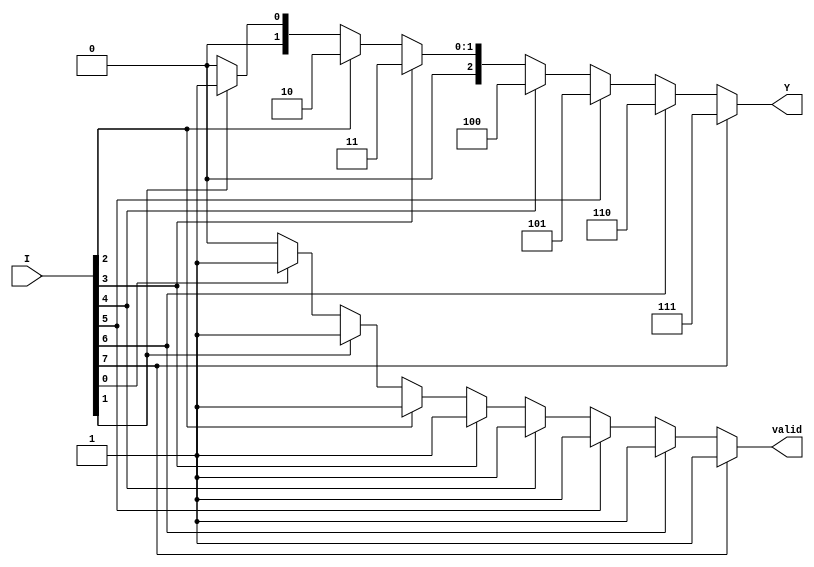
module encoder_8to3 (
    input [7:0] I,   // 8 input lines
    output reg [2:0] Y, // 3-bit output
    output reg valid // Indicates if at least one input is active
);

always @(*) begin
    valid = 1'b0; // Default to invalid state
    Y = 3'b000;   // Default output when no inputs are active

    // Check for active inputs from I7 to I0 (high priority to I7)
    if (I[7]) begin
        Y = 3'b111; // Highest input I7
        valid = 1'b1;
    end else if (I[6]) begin
        Y = 3'b110; // Input I6
        valid = 1'b1;
    end else if (I[5]) begin
        Y = 3'b101; // Input I5
        valid = 1'b1;
    end else if (I[4]) begin
        Y = 3'b100; // Input I4
        valid = 1'b1;
    end else if (I[3]) begin
        Y = 3'b011; // Input I3
        valid = 1'b1;
    end else if (I[2]) begin
        Y = 3'b010; // Input I2
        valid = 1'b1;
    end else if (I[1]) begin
        Y = 3'b001; // Input I1
        valid = 1'b1;
    end else if (I[0]) begin
        Y = 3'b000; // Input I0
        valid = 1'b1;
    end
end

endmodule